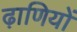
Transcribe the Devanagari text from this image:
ढ़ाणियों